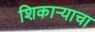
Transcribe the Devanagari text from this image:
शिकाऱ्याचा